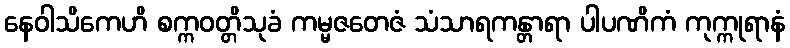
နေဝါသိကေဟိ စက္ကဝတ္တိသုခံ ကမ္မဇတေဇံ သံသာရကန္တာရာ ပါပဏိကံ ကုက္ကုရာနံ